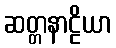
ဆတ္တနာဠိယာ